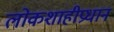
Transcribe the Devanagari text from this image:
लोकशाहीप्रधान